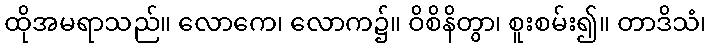
ထိုအမရာသည်။ လောကေ၊ လောက၌။ ဝိစိနိတွာ၊ စူးစမ်း၍။ တာဒိသံ၊